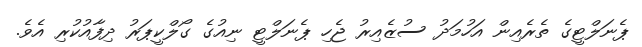
ޕެނަލްޓީގެ ތެރެއިން އަހުމަދު ސުޒެއިރު ޖެހި ޕެނަލްޓީ ނިއުގެ ގޯލްކީޕަރު ދިފާއުކުރި އެވެ.